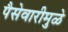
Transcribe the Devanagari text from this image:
पैसेवारीमुळे